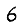
Digit: 6